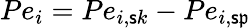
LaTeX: P{e_{i}}=P{e_{i,\mathsf{s}k}}-P{e_{i,\mathsf{s}\mathfrak{p}}}